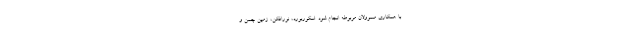
با همکاری مسوولان مربوطه انجام شود. اسکوربورد، نورافکن، زمین چمن و